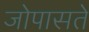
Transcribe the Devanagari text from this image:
जोपासते